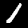
Label: 1